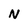
Character: N